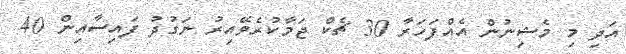
އަދި މި މެޝިނުން އެއްފަހަރާ 30 ޗެކް ޖަމާކުރެވޭއިރު ނަގުދު ފައިސާއިން 40